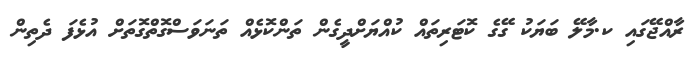
ރާއްޖޭގައި ކ.މާލޭ ބަޔަކު ގޭގެ ކޮޓަރިތައް ކުއްޔަށްދީގެން ތަންކޮޅެއް ތަނަވަސްގޮތްގޮތަށް އުޅެފަ ދެތިން